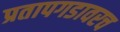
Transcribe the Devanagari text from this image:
प्रतापगडावरच